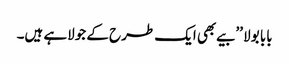
بابا بولا ’’بیے بھی ایک طرح کے جولاہے ہیں۔